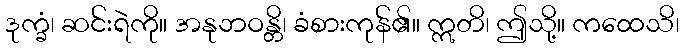
ဒုက္ခံ၊ ဆင်းရဲကို။ အနုဘဝန္တိ၊ ခံစားကုန်၏။ ဣတိ၊ ဤသို့။ ကထေသိ၊